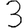
Digit: 3